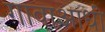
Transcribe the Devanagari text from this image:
गावाआधी